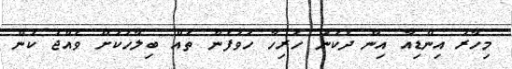
މިހާރު އިންޑިއާ އިން ދެކުނު ހުރިހާ ހުވަފެން ތައް ބިލާހަކަށް ވެއްޖެ ކަން